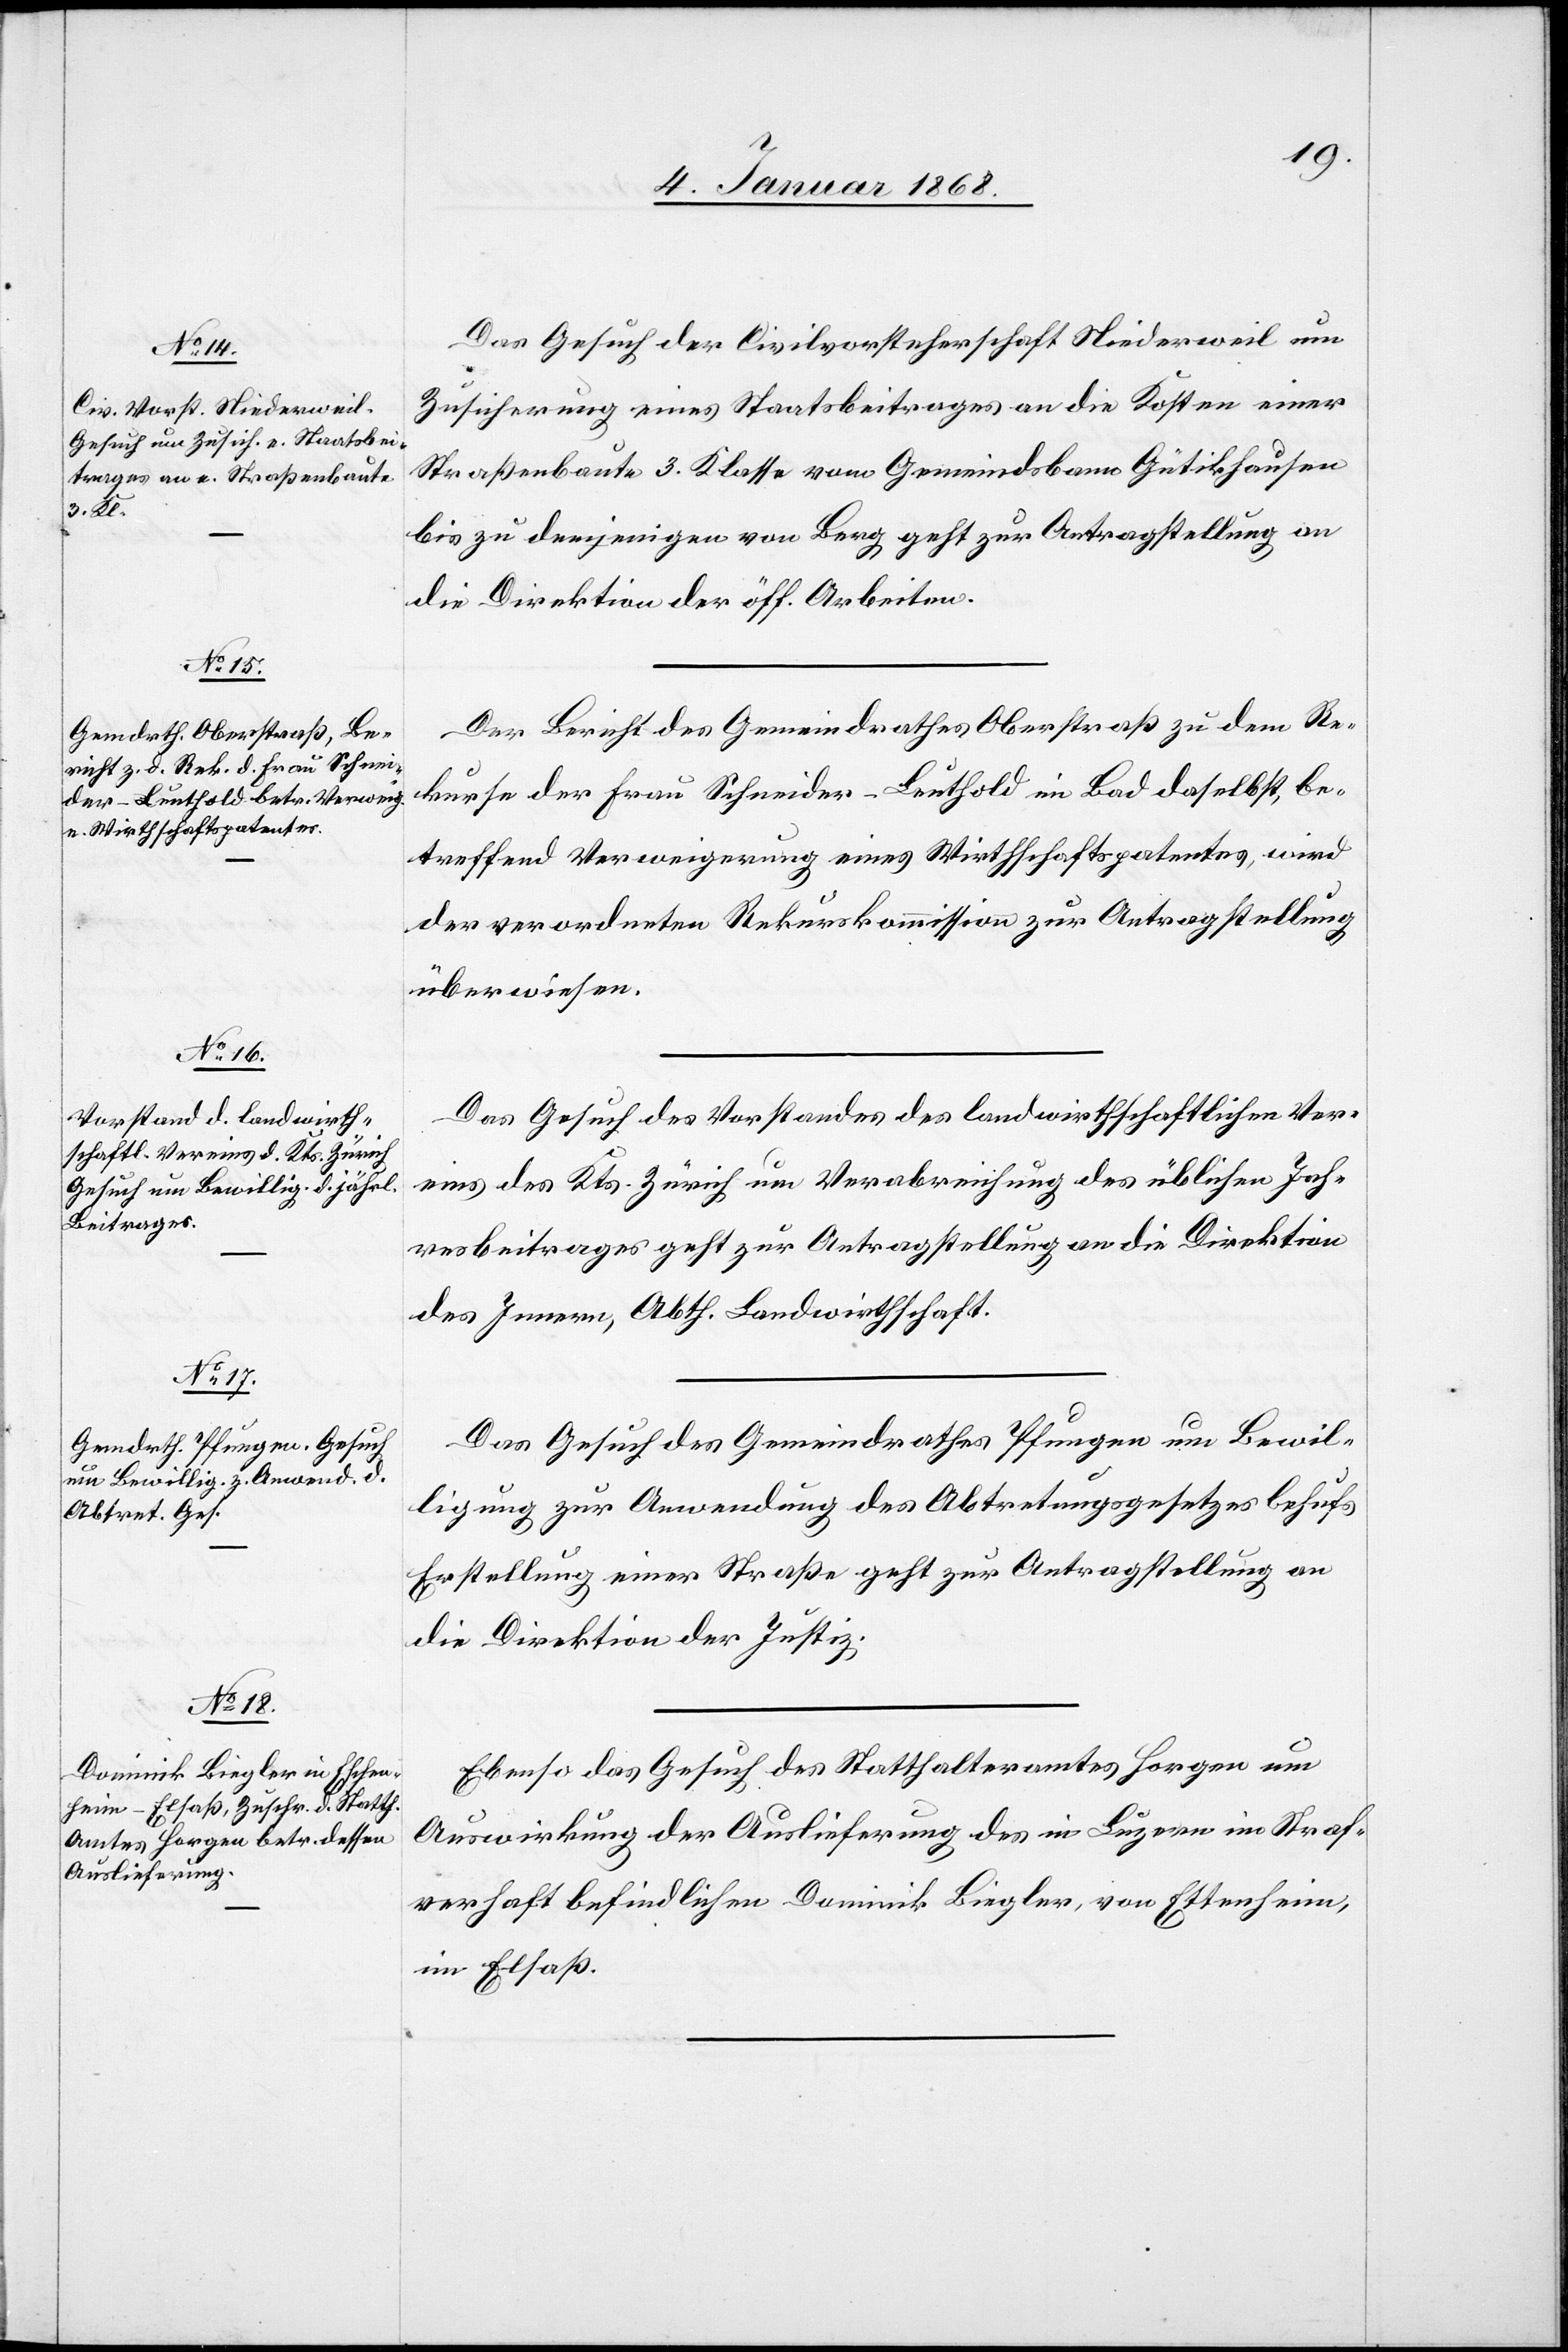
4. Januar 1868.]
Das Gesuch der Civilvorsteherschaft Niederweil um
Zusicherung eines Staatsbeitrages an die Kosten einer
Straßenbaute 3. Klasse vom Gemeindsbann Gütikhausen
bis zu demjenigen von Berg geht zur Antragstellung an
die Direktion der öff. Arbeiten.
Der Bericht des Gemeindrathes Oberstraß zu dem Re¬
kurse der Frau Schneider-Leuthold im Bad daselbst, be¬
treffend Verweigerung eines Wirthschaftspatentes, wird
der verordneten Rekurskommission zur Antragstellung
überwiesen.
Das Gesuch des Vorstandes des landwirthschaftlichen Ver¬
eins des Kts. Zürich um Verabreichung des üblichen Jah¬
resbeitrages geht zur Antragstellung an die Direktion
des Innern, Abth. Landwirthschaft.
Das Gesuch des Gemeindrathes Pfungen um Bewil¬
ligung zur Anwendung des Abtretungsgesetzes behufs
Erstellung einer Straße geht zur Antragstellung an
die Direktion der Justiz.
Ebenso das Gesuch des Statthalteramtes Horgen um
Auswirkung der Auslieferung des in Luzern im Straf¬
verhaft befindlichen Dominik Biegler, von Ettenheim
im Elsaß.